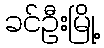
ခင်ဦးမြို့